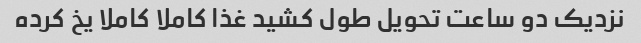
نزدیک دو ساعت تحویل طول کشید غذا کاملا کاملا یخ کرده